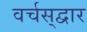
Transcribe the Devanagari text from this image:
वर्चस्‌द्वार